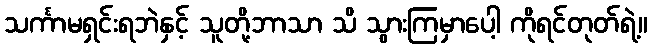
သင်္ကာမရှင်းရဘဲနှင့် သူတို့ဘာသာ သိ သွားကြမှာပေါ့ ကိုရင်တုတ်ရဲ့။